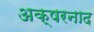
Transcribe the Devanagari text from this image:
अक्षरनाद